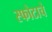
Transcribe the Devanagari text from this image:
स्फोटाचे